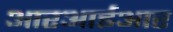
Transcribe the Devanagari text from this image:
आरआईआर